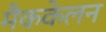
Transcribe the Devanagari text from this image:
मैककेलन